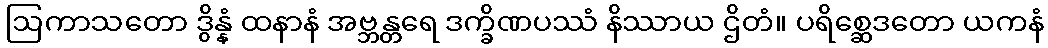
ဩကာသတော ဒွိန္နံ ထနာနံ အဗ္ဘန္တရေ ဒက္ခိဏပဿံ နိဿာယ ဌိတံ။ ပရိစ္ဆေဒတော ယကနံ